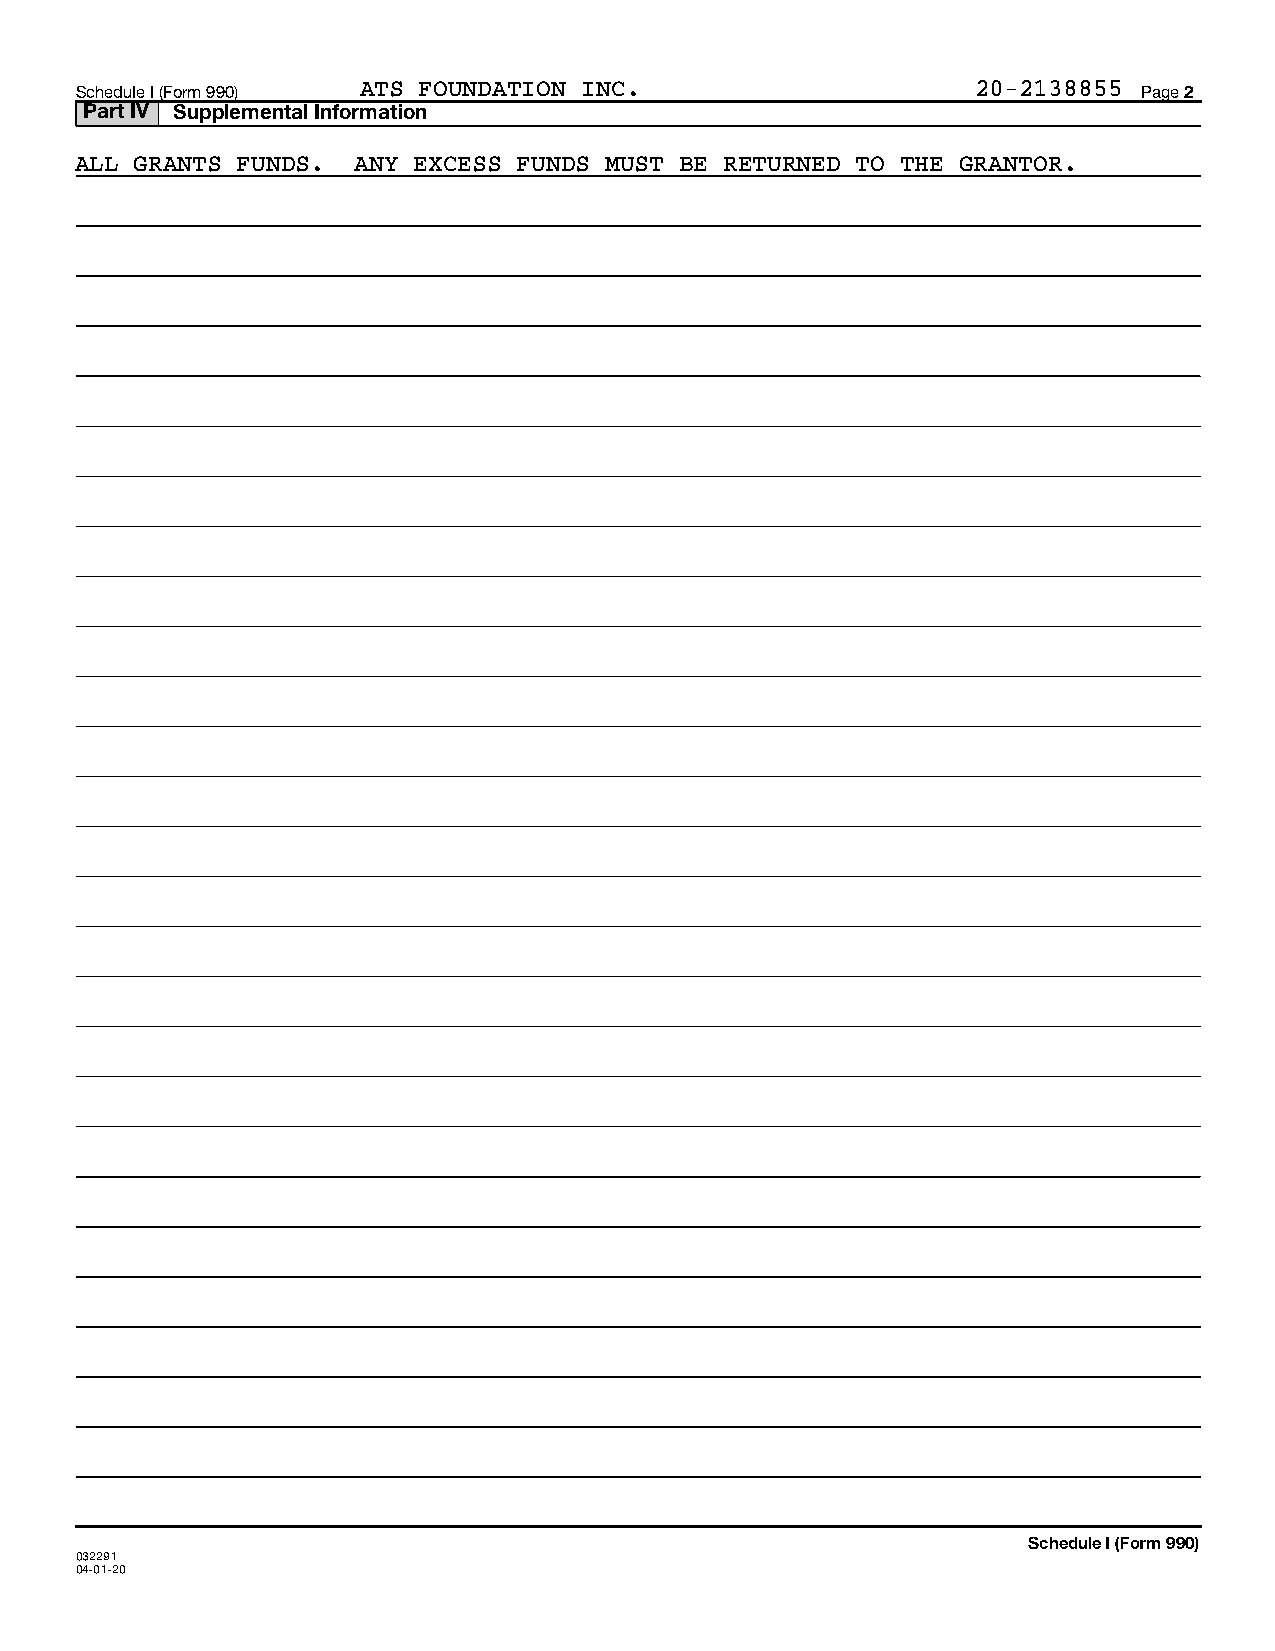
Schedule I (Form 990) ATS FOUNDATION INC.                   20-2138855 Page 2
 Part IV Supplemental Information
 ALL GRANTS FUNDS.  ANY EXCESS FUNDS MUST BE RETURNED TO THE GRANTOR.
 Schedule I (Form 990)
 032291
 04-01-20